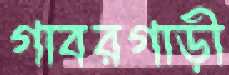
গাবরগাড়ী